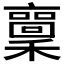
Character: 𱶫